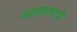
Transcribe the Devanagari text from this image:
अक्षरक्रमाची